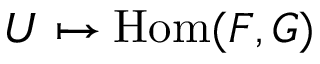
U \mapsto \operatorname { H o m } ( F , G )